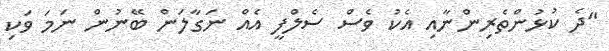
"ދެ ކުޅުންތެރިންނާއި އެކު ވެސް ސެލްފީ އެއް ނަގާލަން ބޭނުން ނަމަ ވަކި